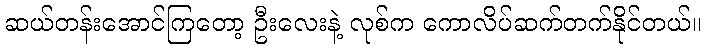
ဆယ်တန်းအောင်ကြတော့ ဦးလေးနဲ့ လုစ်က ကောလိပ်ဆက်တက်နိုင်တယ်။